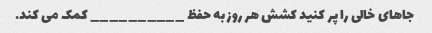
جاهای خالی را پر کنید کشش هر روز به حفظ __________ کمک می کند.